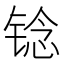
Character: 𫓻